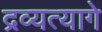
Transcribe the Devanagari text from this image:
द्रव्यत्यागे